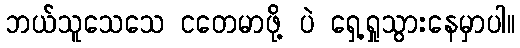
ဘယ်သူသေသေ ငတေမာဖို့ ပဲ ရှေ့ရှုသွားနေမှာပါ။